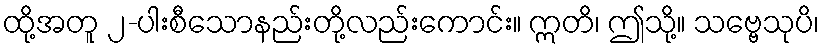
ထို့အတူ ၂-ပါးစီသောနည်းတို့လည်းကောင်း။ ဣတိ၊ ဤသို့။ သဗ္ဗေသုပိ၊